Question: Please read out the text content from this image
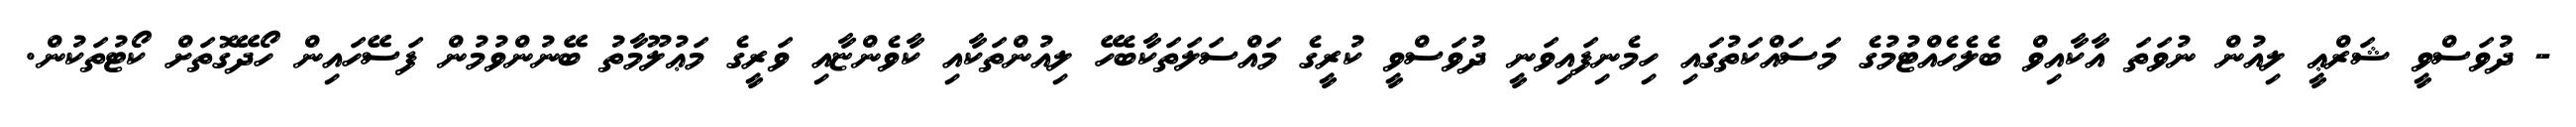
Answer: - ދުވަސްވީ ޝަރްޢީ ލިއުން ނުވަތަ އާކާއިވް ބެލެހެއްޓުމުގެ މަސައްކަތުގައި ހިމެނިފައިވަނީ ދުވަސްވީ ކުރީގެ މައްސަލަތަކާބެހޭ ލިއުންތަކާއި ކާވެންޏާއި ވަރީގެ މަޢުލޫމާތު ބޭނުންވުމުން ފަސޭހައިން ހޯދޭގޮތަށް ކޯޓުތަކުން.